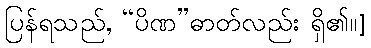
ပြန်ရသည်, “ပိဏ”ဓာတ်လည်း ရှိ၏။]